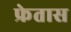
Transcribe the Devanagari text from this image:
फ्रेतास